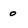
Character: o